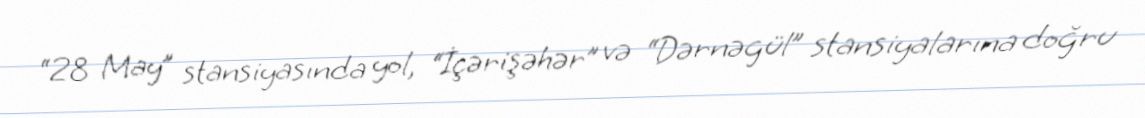
“28 May” stansiyasında yol, “İçərişəhər” və “Dərnəgül” stansiyalarına doğru